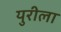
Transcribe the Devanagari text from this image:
युरीला